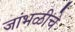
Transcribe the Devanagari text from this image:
जांभळीचे